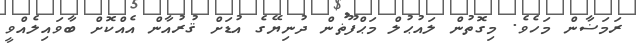
ރަމަޟާން މަހެވެ. މިގޮތުން ލައުޙުލް މަޙްފޫޡުން ދުނިޔޭގެ އުޑަށް ޤުރުއާން އެއްކޮށް ބާވައިލެއްވީ